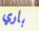
باري